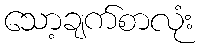
သော့ချက်စာလုံး